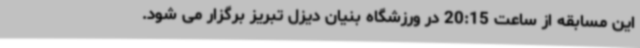
این مسابقه از ساعت 20:15 در ورزشگاه بنیان دیزل تبریز برگزار می شود.